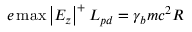
e \operatorname* { m a x } \left| E _ { z } \right| ^ { + } L _ { p d } = \gamma _ { b } m c ^ { 2 } R